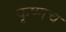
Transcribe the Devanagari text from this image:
कृष्णच